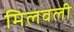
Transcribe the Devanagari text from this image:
मिलवली